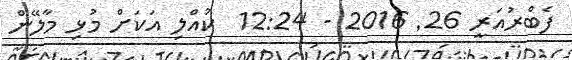
ފެބްރުއަރީ 26